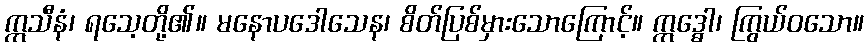
ဣသီနံ၊ ရသေ့တို့၏။ မနောပဒေါသေန၊ စိတ်ပြစ်မှားသောကြောင့်။ ဣဒ္ဓေါ၊ ကြွယ်ဝသော။